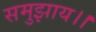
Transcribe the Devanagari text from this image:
समुझाय।।